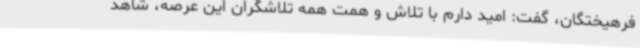
فرهیختگان، گفت: امید دارم با تلاش و همت همه تلاشگران این عرصه، شاهد